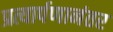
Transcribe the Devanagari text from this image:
प्रत्यार्पणानंतर